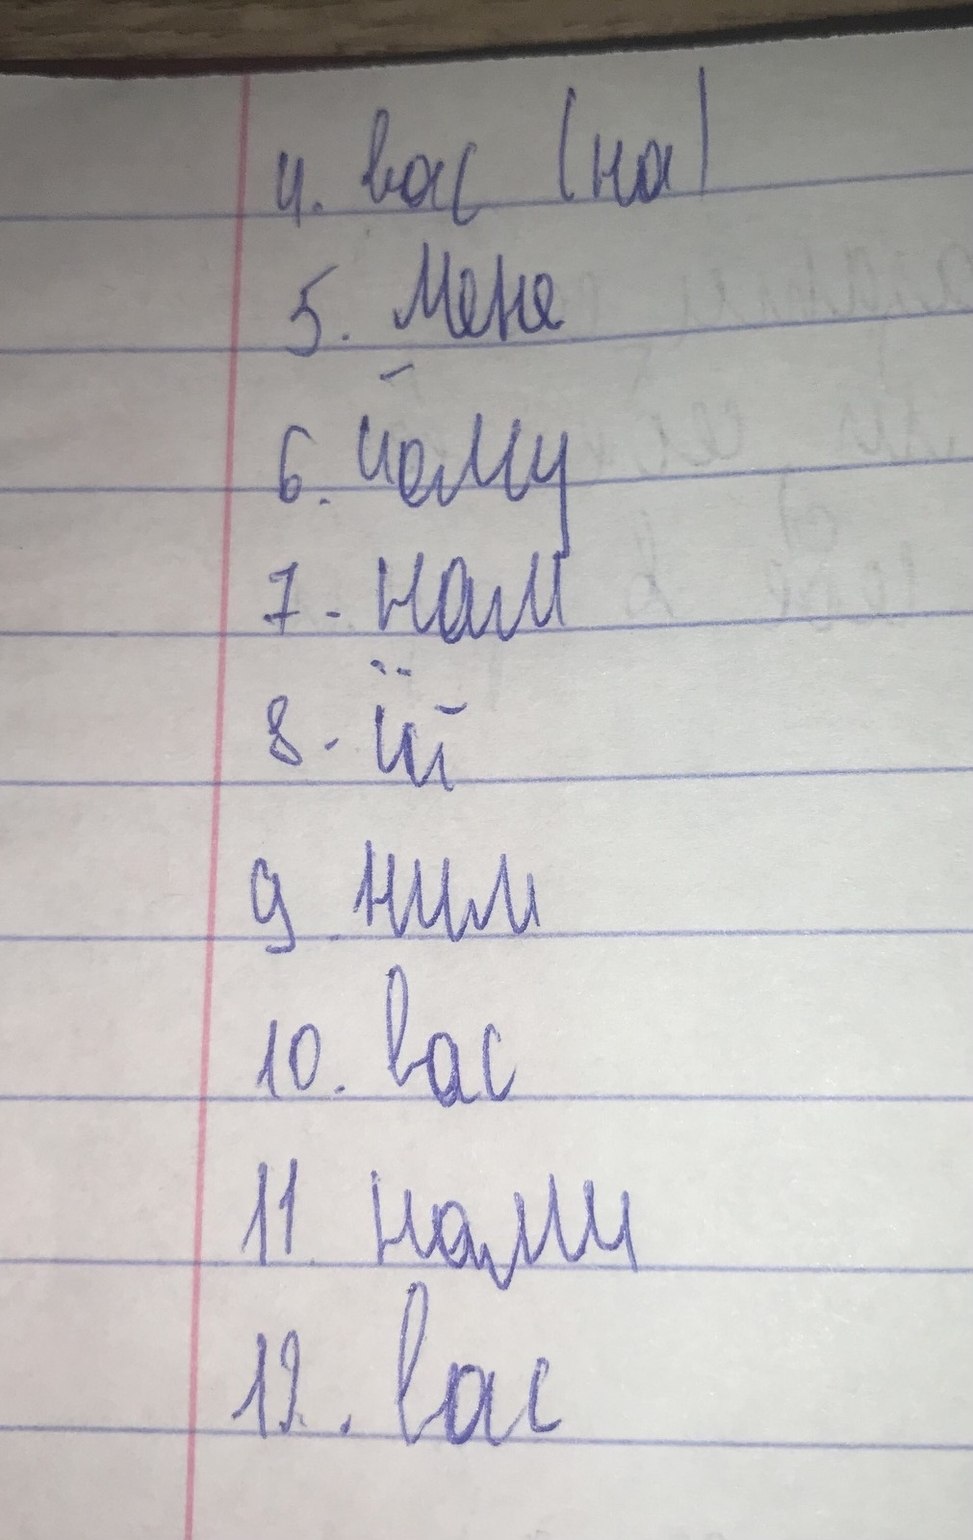
4. вас (на)
5. Мене
6. чому
7. нам
8. їй
9. ним
10. вас
11. нами
12. вас